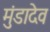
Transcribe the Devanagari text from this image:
मुंडादेव